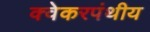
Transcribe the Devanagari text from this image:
क्वेकरपंथीय